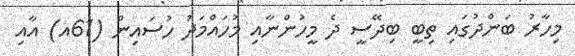
މިހާރު ބަންދުގައި ތިބީ ބިދޭސީ ދެ މީހުންނާއި މުހައްމަދު ހުސައިން (61އ) އާއި